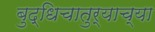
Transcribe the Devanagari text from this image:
बुद्धिचातुर्याच्या